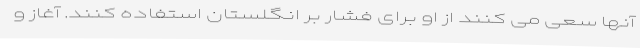
آنها سعی می کنند از او برای فشار بر انگلستان استفاده کنند. آغاز و